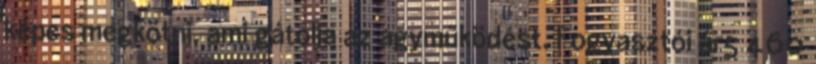
képes megkötni, ami gátolja az agyműködést. Fogyasztói ár5 460